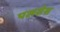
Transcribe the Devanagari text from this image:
पलसेस